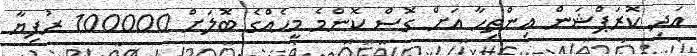
އަދި ކޮރަޕްޝަން އިންތިހާ އަށް ގޮސް ކޮންމެ މީހެއްގެ ބޮލަށް 100000 ރުފިޔާ